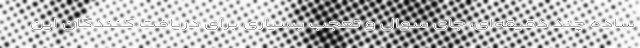
ساده چند دقیقه‌ای، جای سوال و تعجب بسیاری برای دریافت کنندگان این